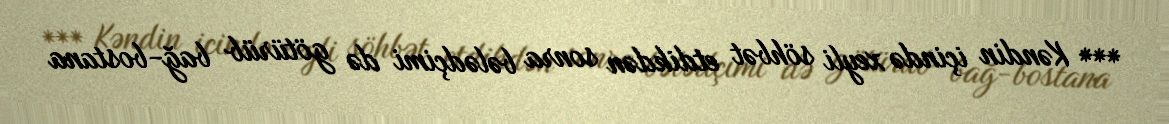
*** Kəndin içində xeyli söhbət etdikdən sonra bələdçimi də götürüb bağ-bostana